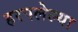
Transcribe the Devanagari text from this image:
हरपलेल्या